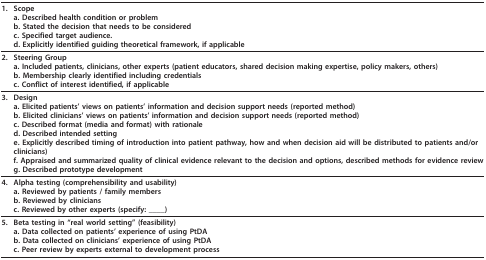
<table><thead><tr><td><b>1.</b></td><td><b>Scopea. Described health condition or problemb. Stated the decision that needs to be consideredc. Specified target audience.d. Explicitly identified guiding theoretical framework, if applicable</b></td></tr></thead><tbody><tr><td><b>2.</b></td><td><b>Steering Group</b>a. Included patients, clinicians, other experts (patient educators, shared decision making expertise, policy makers, others)b. Membership clearly identified including credentialsc. Conflict of interest identified, if applicable</td></tr><tr><td><b>3.</b></td><td><b>Design</b>a. Elicited patients’ views on patients’ information and decision support needs (reported method)b. Elicited clinicians’ views on patients’ information and decision support needs (reported method)c. Described format (media and format) with rationaled. Described intended settinge. Explicitly described timing of introduction into patient pathway, how and when decision aid will be distributed to patients and/or clinicians)f. Appraised and summarized quality of clinical evidence relevant to the decision and options, described methods for evidence reviewg. Described prototype development</td></tr><tr><td><b>4.</b></td><td><b>Alpha testing</b> (comprehensibility and usability)a. Reviewed by patients / family membersb. Reviewed by cliniciansc. Reviewed by other experts (specify: ____)</td></tr><tr><td><b>5.</b></td><td><b>Beta testing</b> in “real world setting” (feasibility)a. Data collected on patients’ experience of using PtDAb. Data collected on clinicians’ experience of using PtDAc. Peer review by experts external to development process</td></tr></tbody></table>